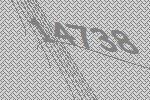
14738